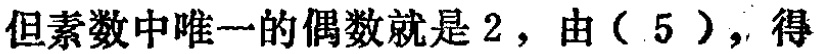
但素数中唯一的偶数就是 \(2\)，由（\(5\)），得